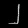
Digit: ၂